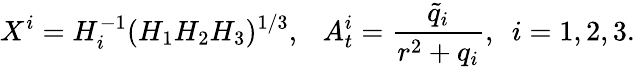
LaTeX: X^{i}=H_{i}^{-1}(H_{1}H_{2}H_{3})^{1/3},\ \ \ A_{t}^{i}=\frac{\tilde{q}_{i}}{r^{2}+q_{i}},\ \ i=1,2,3.